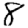
Digit: 8